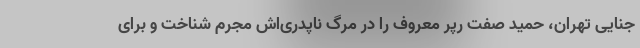
جنایی تهران، حمید صفت رپر معروف را در مرگ ناپدری‌اش مجرم شناخت و برای